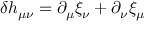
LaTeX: \delta h _ { \mu \nu } = \partial _ { \mu } \xi _ { \nu } + \partial _ { \nu } \xi _ { \mu }